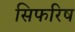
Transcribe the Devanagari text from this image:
सिफरिष